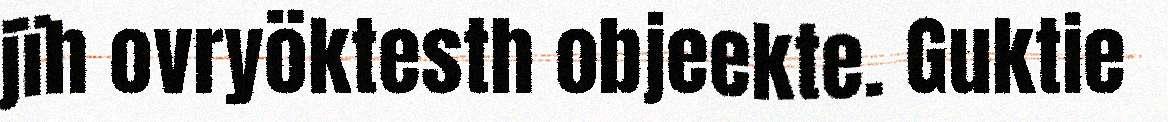
jïh ovryöktesth objeekte. Guktie